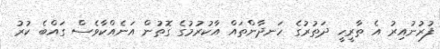
ފުރުނުއިރު އެ ތާރީހީ ދަތުރުގެ ހަނދާންތައް އާކުރުމުގެ ގޮތުން އަނެއްކާވެސް ގައްބެ ކުރު